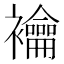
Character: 𧟇